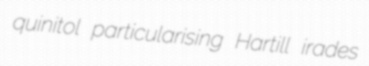
quinitol particularising Hartill irades